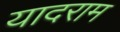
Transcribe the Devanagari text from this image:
यादराम